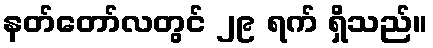
နတ်တော်လတွင် ၂၉ ရက် ရှိသည်။